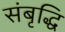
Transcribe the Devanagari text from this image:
संबृद्धि